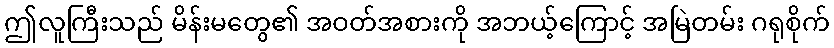
ဤလူကြီးသည် မိန်းမတွေ၏ အဝတ်အစားကို အဘယ့်ကြောင့် အမြဲတမ်း ဂရုစိုက်